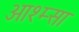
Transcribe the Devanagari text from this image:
आश्म्सा